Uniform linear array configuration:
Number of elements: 48
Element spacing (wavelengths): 1
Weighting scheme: exponential
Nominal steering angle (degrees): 45
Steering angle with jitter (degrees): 45.614
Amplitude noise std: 0.05
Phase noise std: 0.05

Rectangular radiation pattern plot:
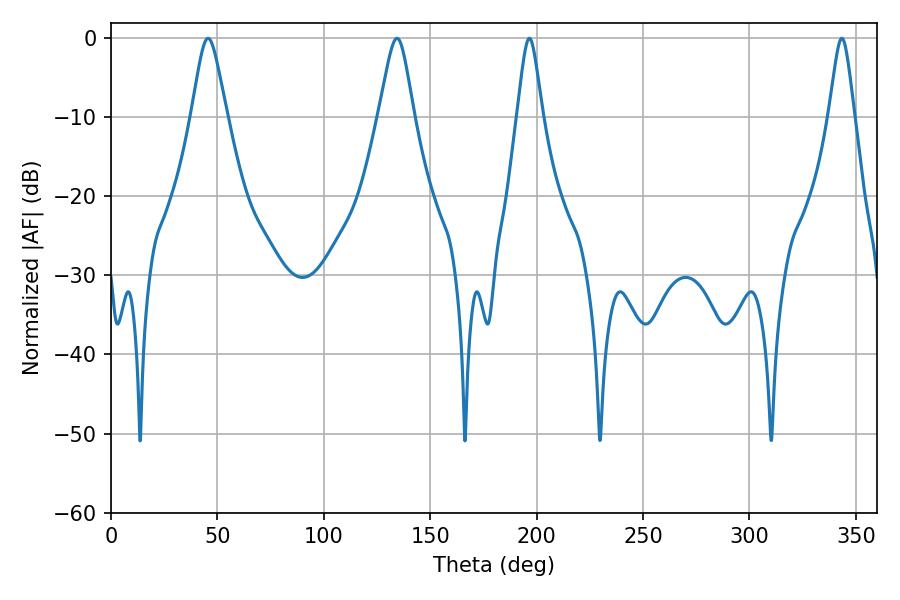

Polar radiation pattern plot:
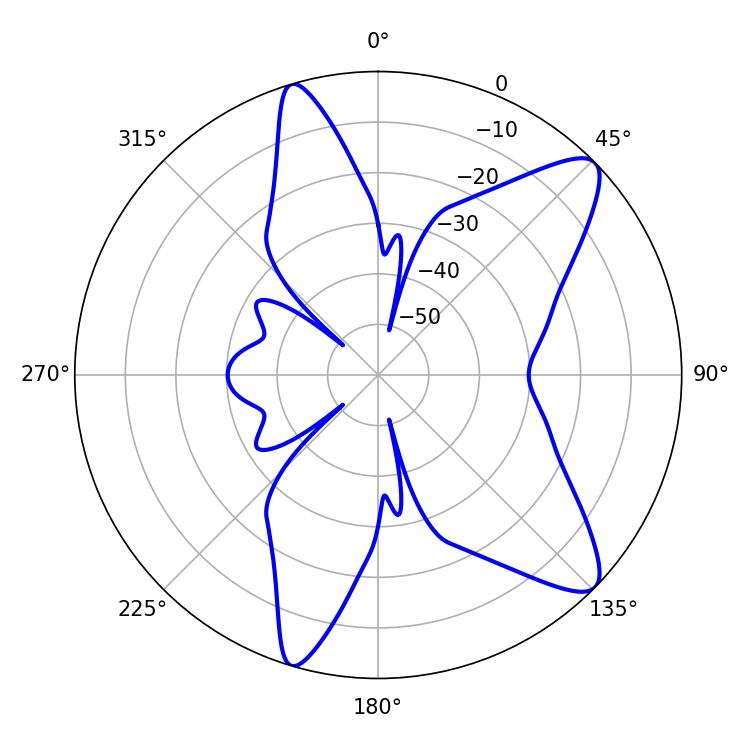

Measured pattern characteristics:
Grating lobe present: TRUE
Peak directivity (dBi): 10.67
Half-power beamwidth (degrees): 5.76
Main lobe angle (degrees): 196.56